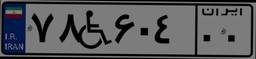
۷۸W۶۰۴۰۰